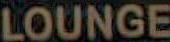
LOUNGE